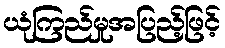
ယုံကြည်မှုအပြည့်ဖြင့်